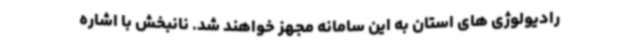
رادیولوژی های استان به این سامانه مجهز خواهند شد. نانبخش با اشاره